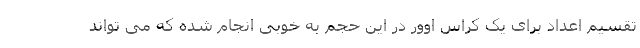
تقسیم اعداد برای یک کراس اوور در این حجم به خوبی انجام شده که می تواند